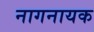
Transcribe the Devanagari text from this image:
नागनायक